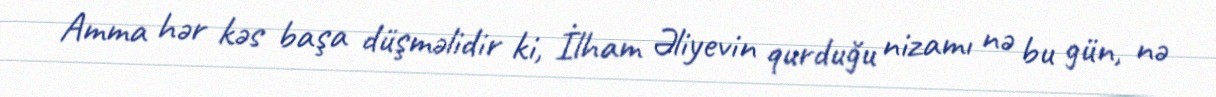
Amma hər kəs başa düşməlidir ki, İlham Əliyevin qurduğu nizamı nə bu gün, nə